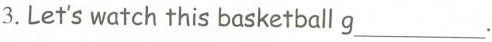
3.Let's watch this basketball g___.